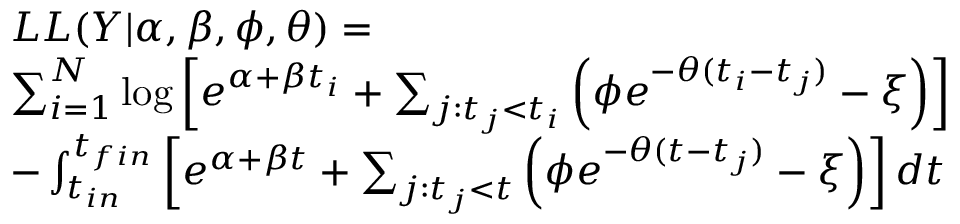
\begin{array} { r l } & { L L ( Y | \alpha , \beta , \phi , \theta ) = } \\ & { \sum _ { i = 1 } ^ { N } \log \left[ e ^ { \alpha + \beta t _ { i } } + \sum _ { j : t _ { j } < t _ { i } } \left( \phi e ^ { - \theta ( t _ { i } - t _ { j } ) } - \xi \right) \right] } \\ & { - \int _ { t _ { i n } } ^ { t _ { f i n } } \left[ e ^ { \alpha + \beta t } + \sum _ { j : t _ { j } < t } \left( \phi e ^ { - \theta ( t - t _ { j } ) } - \xi \right) \right] d t } \end{array}